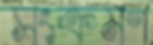
সংক্রমণ